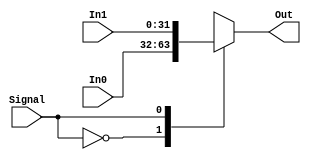
module Mux_2_to_1(
	input [31:0] In0,//a = busmx out
	input [31:0] In1,
	input Signal,
	output reg [31:0] Out
	);
	always @ (In0, In1)
		begin
			case(Signal)
				0: Out = In0;
				1: Out = In1;
			endcase
		end
endmodule